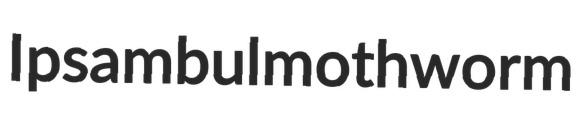
Ipsambul mothworm